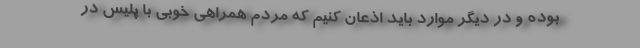
بوده و در دیگر موارد باید اذعان کنیم که مردم همراهی خوبی با پلیس در